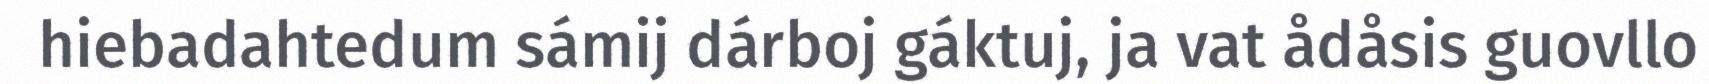
hiebadahtedum sámij dárboj gáktuj, ja vat ådåsis guovllo